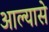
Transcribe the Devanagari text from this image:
आल्यासे